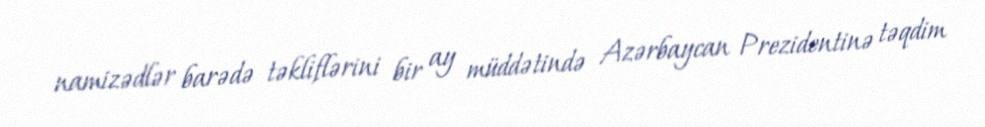
namizədlər barədə təkliflərini bir ay müddətində Azərbaycan Prezidentinə təqdim